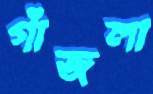
গাঁজলা